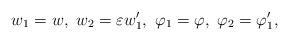
LaTeX: \begin{align*}w_1=w,\ w_2=\varepsilon w_1',\ \varphi_1= \varphi,\ \varphi_2=\varphi_1',\end{align*}